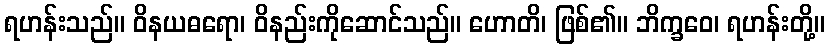
ရဟန်းသည်။ ဝိနယဓရော၊ ဝိနည်းကိုဆောင်သည်။ ဟောတိ၊ ဖြစ်၏။ ဘိက္ခဝေ၊ ရဟန်းတို့။